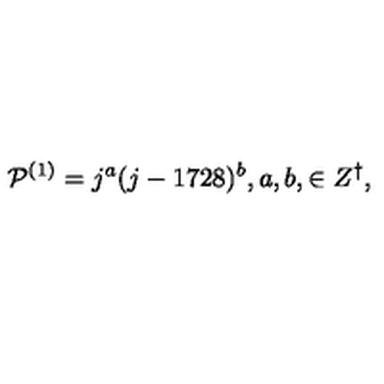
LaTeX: { \cal P } ^ { ( 1 ) } = j ^ { a } ( j - 1 7 2 8 ) ^ { b } , a , b , \in Z ^ { \dagger } ,